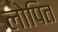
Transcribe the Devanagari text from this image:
लोपित